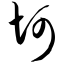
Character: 坷